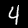
Digit: 4